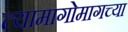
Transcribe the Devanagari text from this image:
त्यामागोमागच्या